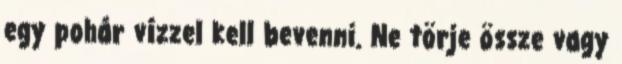
egy pohár vízzel kell bevenni. Ne törje össze vagy